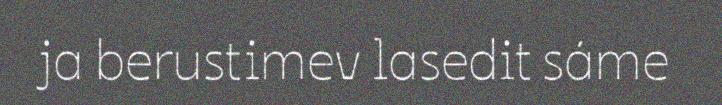
ja berustimev lasedit sáme